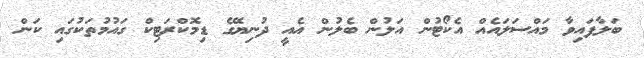
ބަލާފައިވާ މައްސަލައެއް އެކޯޓުން އަލުން ބެލުން އެއީ ދުނިޔޭގެ ޑިމޮކްރަޓިކް ގައުމުތަކުގައި ކަން